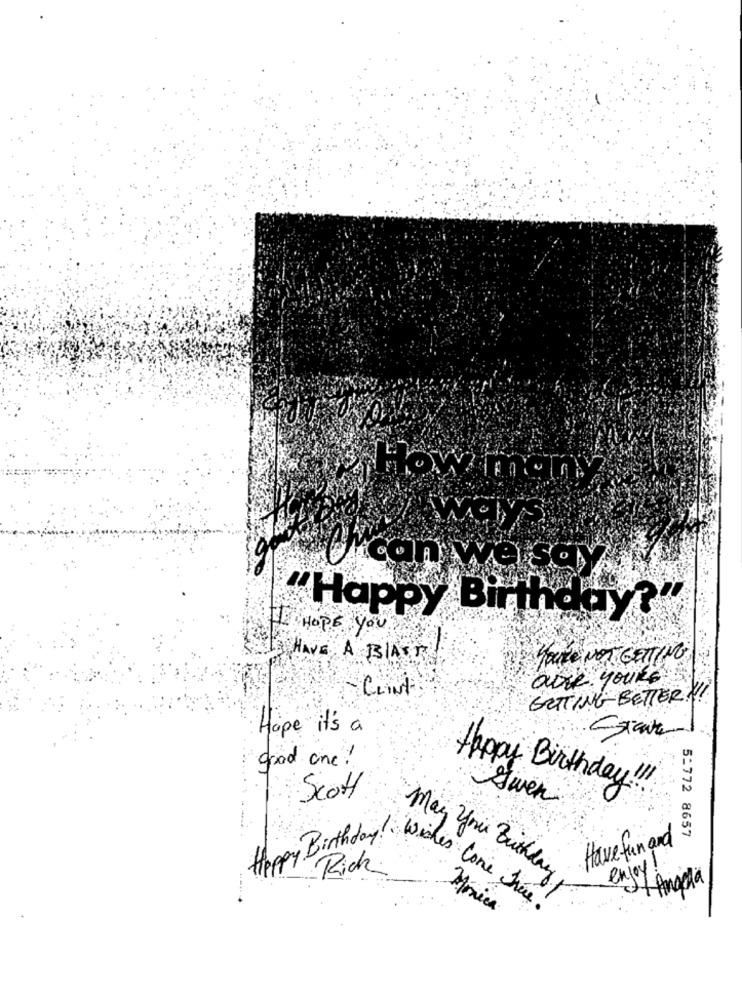
How mann
Vcon wascy
"Happy Birthday?"
HOPE You
IHAVE A BLAST
YOU'RE NOT GETTING
are yours
CLINt
GETTING BETTER !
Hope it's a
good one !
Happy Birthday !!!
Scott
gwen
Happy Birthday
Have fun and
5-772 8657
Rich
enjoy!
May you Birthday
Af Amada
siches come here !
Mónica